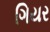
ગિયર